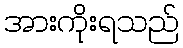
အားကိုးရသည်